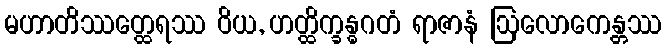
မဟာတိဿတ္ထေရဿ ဝိယ, ဟတ္ထိက္ခန္ဓဂတံ ရာဇာနံ ဩလောကေန္တဿ